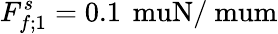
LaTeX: F_{f;1}^{s}=0.1\, \mathrm{\ muN/\ mum}